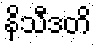
နိသီဒတိ